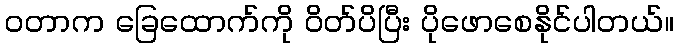
ဝတာက ခြေထောက်ကို ဝိတ်ပိပြီး ပိုဖောစေနိုင်ပါတယ်။